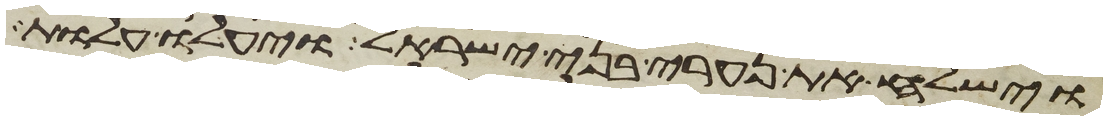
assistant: וישלח את נערי בני ישראל ויעלו עלות